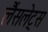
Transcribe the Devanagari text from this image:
लैंसलेट्स